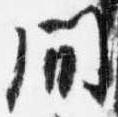
間